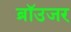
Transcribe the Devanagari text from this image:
ब्रॉउजर